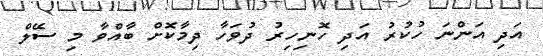
އަދި އަންނަ ހުކުރު އަދި ހޮނިހިރު ދުވަހާ ދިމާކޮށް ބާއްވާ މި ސޭލް